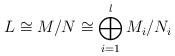
\begin{align*}L \cong M/N \cong \bigoplus_{i=1}^l M_i/N_i \end{align*}